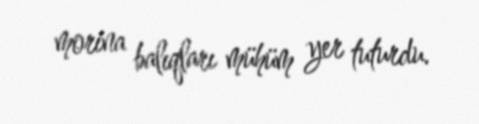
morina balıqları mühüm yer tuturdu.